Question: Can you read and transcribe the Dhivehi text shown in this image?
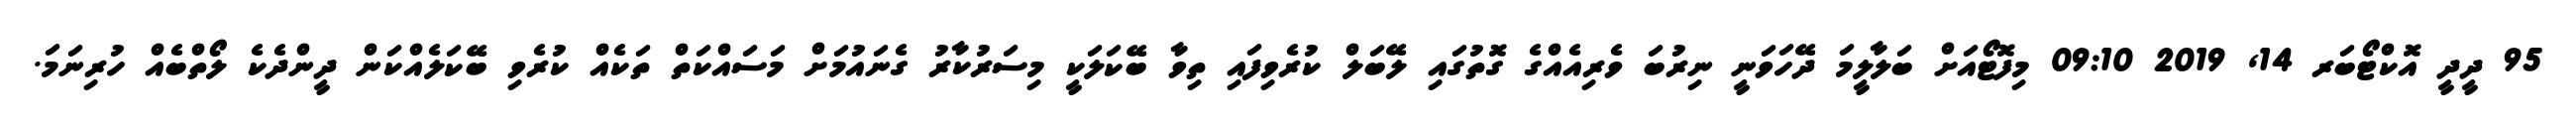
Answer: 95 ދީދީ އޮކްޓޯބަރ 14, 2019 09:10 މިފޮޓޯއަށް ބަލާލީމަ ދޭހަވަނީ ނިރުބަ ވެރިއެއްގެ ގޮތުގައި ލޭބަލް ކުރެވިފައި ތިވާ ބޭކަލަކީ މިސަރުކާރު ގެނައުމަށް މަސައްކަތް ތަކެއް ކުރެވި ބޭކަލެއްކަން ދީންދެކެ ލޯތްބެއް ހުރިނަމަ.